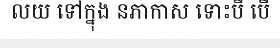
លយ ទៅក្នុង នភាកាស ទោះបី បើ